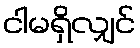
ငါမရှိလျှင်